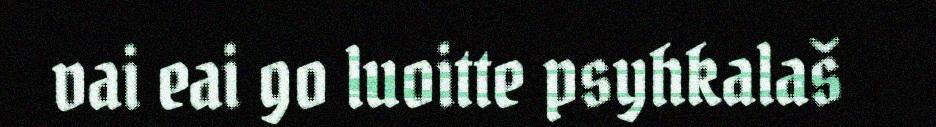
vai eai go luoitte psyhkalaš